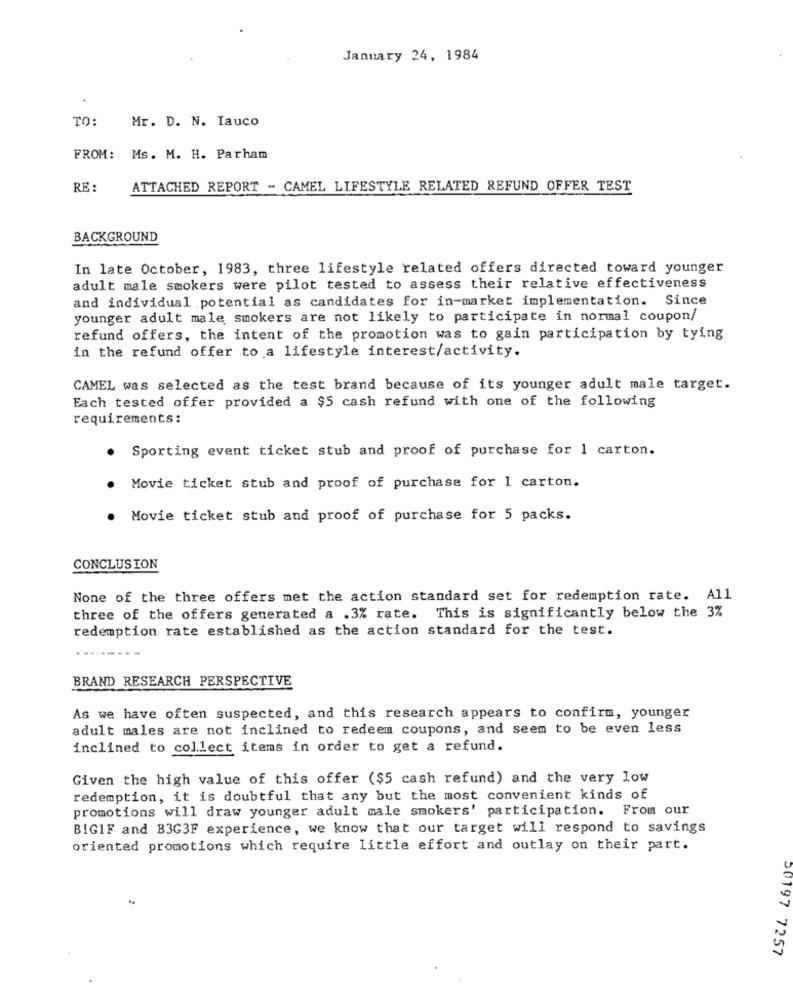
January 24, 1984
TO:
Mr. D. N. Iauco
FROM: Ms. M. H. Parham
RE :
ATTACHED REPORT - CAMEL LIFESTYLE RELATED REFUND OFFER TEST
BACKGROUND
In late October, 1983, three lifestyle related offers directed toward younger
adult male smokers were pilot tested to assess their relative effectiveness
and individual potential as candidates for in-market implementation. Since
younger adult male smokers are not likely to participate in normal coupon/
refund offers, the intent of the promotion was to gain participation by tying
in the refund offer to a lifestyle interest/activity.
CAMEL was selected as the test brand because of its younger adult male target.
Each tested offer provided a $5 cash refund with one of the following
requirements:
Sporting event ticket stub and proof of purchase for 1 carton.
.
Movie ticket stub and proof of purchase for 1 carton.
Movie ticket stub and proof of purchase for 5 packs.
CONCLUSION
None of the three offers met the action standard set for redemption rate. All
three of the offers generated a .3% rate. This is significantly below the 3%
redemption rate established as the action standard for the test.
BRAND RESEARCH PERSPECTIVE
As we have often suspected, and this research appears to confirm, younger
adult males are not inclined to redeem coupons, and seem to be even less
inclined to collect items in order to get a refund.
Given the high value of this offer ($5 cash refund) and the very low
redemption, it is doubtful that any but the most convenient kinds of
promotions will draw younger adult male smokers' participation. From our
BIGIF and B3G3F experience, we know that our target will respond to savings
oriented promotions which require little effort and outlay on their part.
50197 7257